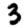
Digit: 3